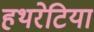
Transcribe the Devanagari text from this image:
हथरेटिया